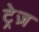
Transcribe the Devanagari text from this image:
ट्रेज़